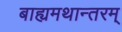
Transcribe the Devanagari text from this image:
बाह्यमथान्तरम्